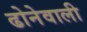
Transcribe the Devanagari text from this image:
ढोनेवाली